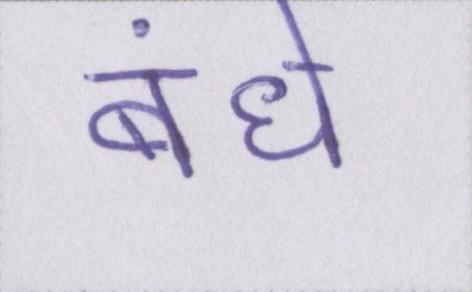
बंधे